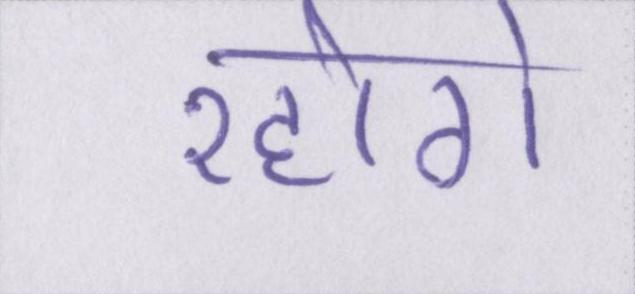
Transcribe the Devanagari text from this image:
रहोगे